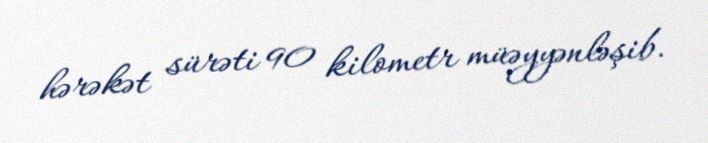
hərəkət sürəti 90 kilometr müəyyənləşib.